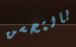
بالتحسن